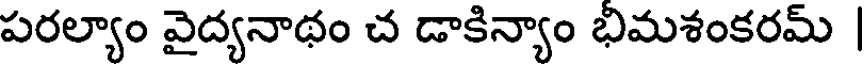
పరల్యాం వైద్యనాథం చ డాకిన్యాం భిమశంకరమ్ |